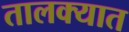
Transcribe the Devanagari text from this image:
तालक्यात